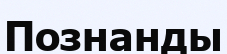
Познанды